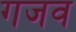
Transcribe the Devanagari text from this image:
गजव